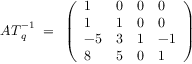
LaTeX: { \cal A T } _ { q } ^ { - 1 } ~ = ~ \left( \begin{array} { l l l l } { { 1 } } & { { 0 } } & { { 0 } } & { { 0 } } \\ { { 1 } } & { { 1 } } & { { 0 } } & { { 0 } } \\ { { - 5 } } & { { 3 } } & { { 1 } } & { { - 1 } } \\ { { 8 } } & { { 5 } } & { { 0 } } & { { 1 } } \end{array} \right)